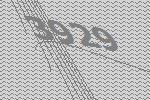
3929